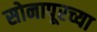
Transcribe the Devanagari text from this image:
सोनापूरच्या